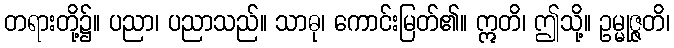
တရားတို့၌။ ပညာ၊ ပညာသည်။ သာဓု၊ ကောင်းမြတ်၏။ ဣတိ၊ ဤသို့။ ဥမ္မုဇ္ဇတိ၊